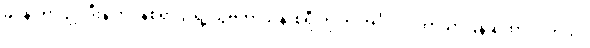
မင်န် ဟာဂျုဒ်ဒီးန် ဘင်န်စိရာဂျ် ရဲ့ သွဗကာသိနာစိရီ ကို က အင်္ဂလိပ် ဘာသာပြန်ဆိုထားပါတယ်။